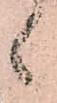
候